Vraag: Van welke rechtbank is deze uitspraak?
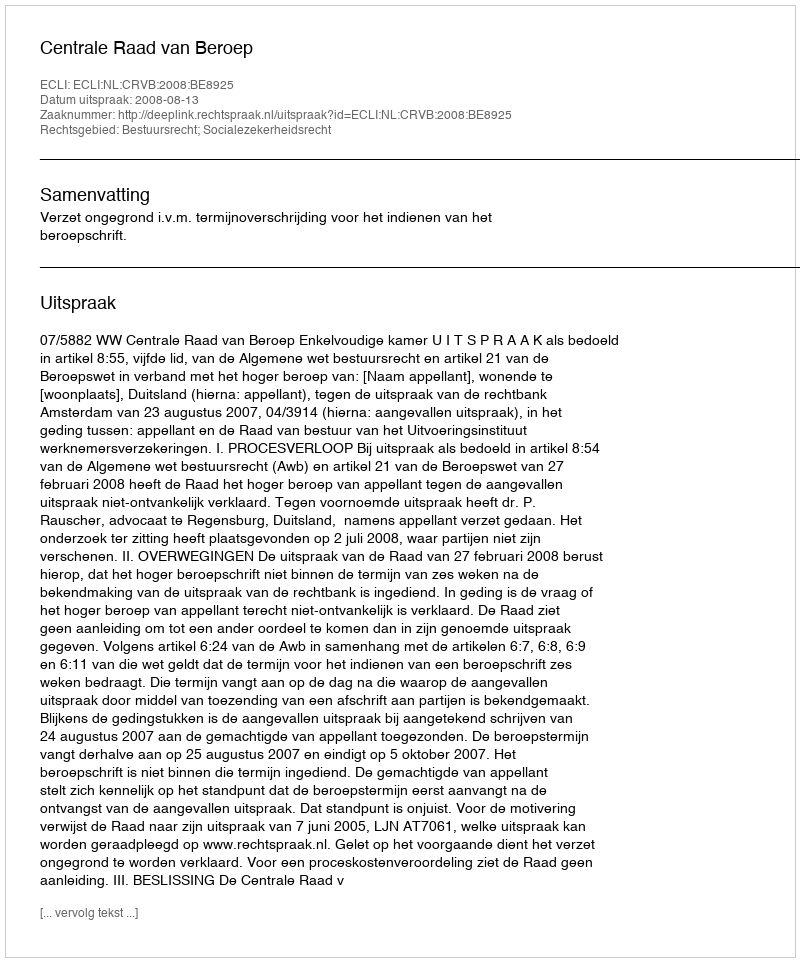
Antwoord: Centrale Raad van Beroep